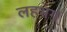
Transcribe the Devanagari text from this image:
लहभग